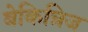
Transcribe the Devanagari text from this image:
बेकिन्रिज